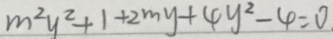
m ^ { 2 } y ^ { 2 } + 1 + 2 m y + 4 y ^ { 2 } - 4 = 0 .